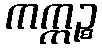
ကက္ကဉ္စ